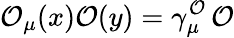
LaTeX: \mathcal{O}_{\mu}(x)\mathcal{O}(y)=\gamma_{\mu}^{\mathcal{O}}\, \mathcal{O}